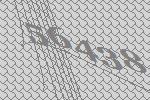
56438